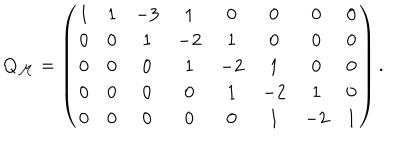
Q _ { \cal M } = \left( \begin{array} { c c c c c c c c c } { { 1 } } & { { 1 } } & { { - 3 } } & { { 1 } } & { { 0 } } & { { 0 } } & { { 0 } } & { { 0 } } \\ { { 0 } } & { { 0 } } & { { 1 } } & { { - 2 } } & { { 1 } } & { { 0 } } & { { 0 } } & { { 0 } } \\ { { 0 } } & { { 0 } } & { { 0 } } & { { 1 } } & { { - 2 } } & { { 1 } } & { { 0 } } & { { 0 } } \\ { { 0 } } & { { 0 } } & { { 0 } } & { { 0 } } & { { 1 } } & { { - 2 } } & { { 1 } } & { { 0 } } \\ { { 0 } } & { { 0 } } & { { 0 } } & { { 0 } } & { { 0 } } & { { 1 } } & { { - 2 } } & { { 1 } } \\ \end{array} \right) .